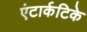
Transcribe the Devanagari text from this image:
एंटार्कटिके